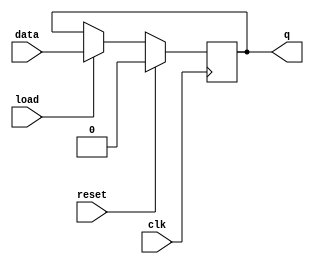
module DFF_Regular(input clk,reset,load,data,output reg q);
always@(negedge clk)
begin
	if (reset)
	q=0;
	else
		if(load)
			q=data;
end
endmodule
module DFF_instr(input clk,reset,data,output reg q);
  always@(negedge clk)
	if (reset)
	q=data;
endmodule